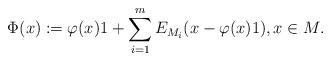
LaTeX: \begin{align*}\Phi(x) : = \varphi(x)1 + \sum_{i=1}^m E_{M_i}(x - \varphi(x)1), x \in M.\end{align*}